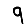
Digit: 9